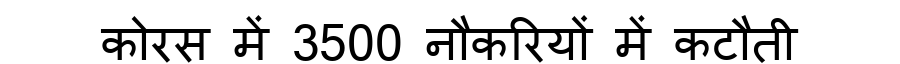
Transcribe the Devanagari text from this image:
कोरस में 3500 नौकरियों में कटौती